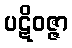
ပဋိဝဇ္ဇာ